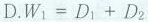
D.$$W _ { 1 } = D _ { 1 } + D _ { 2 }$$